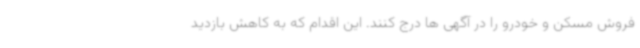
فروش مسکن و خودرو را در آگهی ها درج کنند. این اقدام که به کاهش بازدید